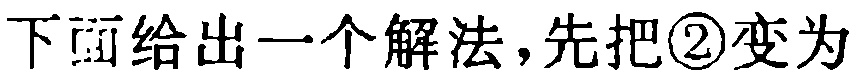
下面给出一个解法，先把\textcircled{2}变为